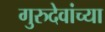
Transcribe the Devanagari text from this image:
गुरुदेवांच्या